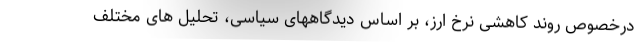
درخصوص روند کاهشی نرخ ارز، بر اساس دیدگاههای سیاسی، تحلیل های مختلف